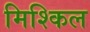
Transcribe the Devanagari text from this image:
मिश्किल